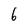
Character: 6